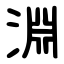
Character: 淵